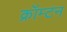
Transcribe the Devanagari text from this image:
क्रॉम्टन